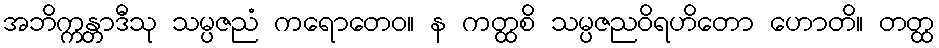
အဘိက္ကန္တာဒီသု သမ္ပဇညံ ကရောတေဝ။ န ကတ္ထစိ သမ္ပဇညဝိရဟိတော ဟောတိ။ တတ္ထ